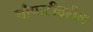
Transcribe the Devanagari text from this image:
चौपाटीवरील